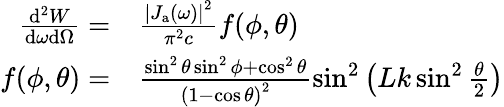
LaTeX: \begin{array}{rl}{\frac{\mathrm{d}^{2}W}{\mathrm{d}\omega\mathrm{d}\Omega}=}&{{}\frac{\left|J_{\mathrm{a}}(\omega)\right|^{2}}{\pi^{2}c}f(\phi,\theta)}\\ {f(\phi,\theta)=}&{{}\frac{\sin^{2}\theta\sin^{2}\phi+\cos^{2}\theta}{\left(1-\cos\theta\right)^{2}}\sin^{2}\left(Lk\sin^{2}\frac{\theta}{2}\right)}\end{array}